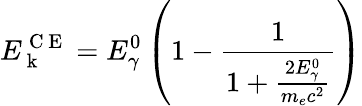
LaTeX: E_{\mathrm{~k~}}^{\mathrm{~C~E~}}=E_{\gamma}^{0}\left(1-\frac{1}{1+\frac{2E_{\gamma}^{0}}{m_{e}c^{2}}}\right)